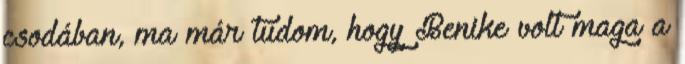
csodában, ma már tudom, hogy Benike volt maga a